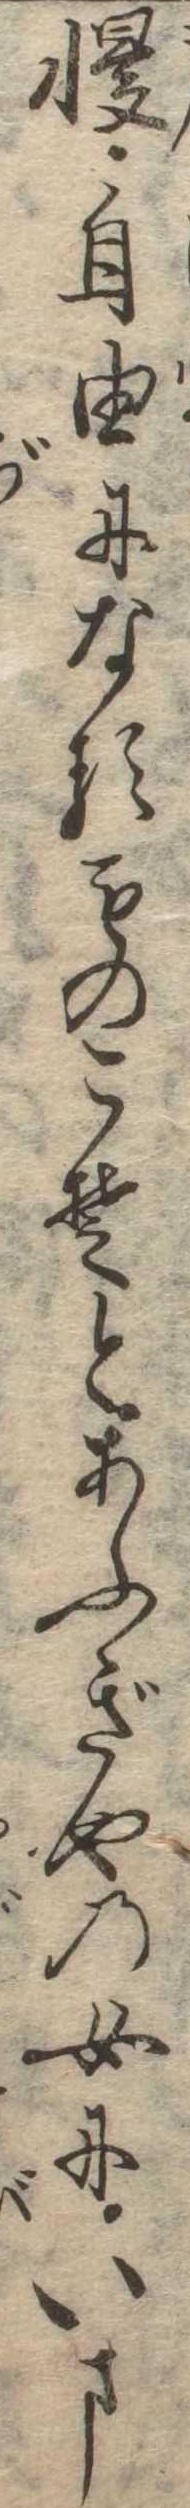
慢自由になるものこそとあふぎやの女にいま